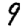
Digit: 9